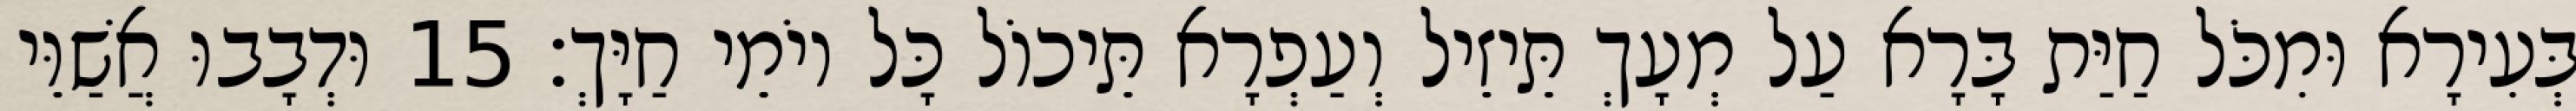
בְּעִירָא וּמִכֹּל חַיַּת בָּרָא עַל מְעָךְ תֵּיזֵיל וְעַפְרָא תֵּיכוֹל כָּל יוֹמֵי חַיָּךְ׃ 15 וּדְבָבוּ אֲשַׁוֵּי